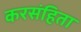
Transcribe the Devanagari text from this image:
करसंहिता